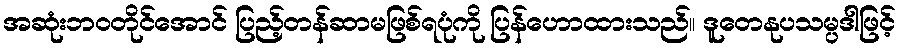
အဆုံးဘဝတိုင်အောင် ပြည့်တန်ဆာမဖြစ်ရပုံကို ပြန်ဟောထားသည်။ ဒူတေနုပသမ္ပဒါဖြင့်